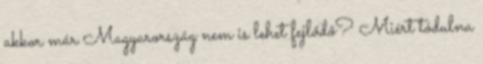
akkor már Magyarország nem is lehet fejlődő? Miért tódulna